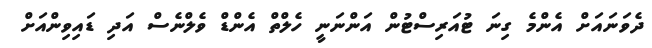
ދެވަނައަށް އެންމެ ގިނަ ޓުއަރިސްޓުން އަންނަނީ ހެލްތް އެންޑް ވެލްނެސް އަދި ޑައިވިންއަށް